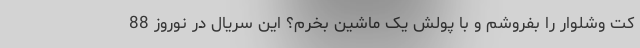
کت وشلوار را بفروشم و با پولش یک ماشین بخرم؟ این سریال در نوروز 88